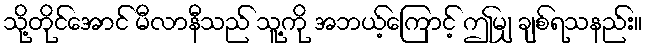
သို့တိုင်အောင် မီလာနီသည် သူ့ကို အဘယ့်ကြောင့် ဤမျှ ချစ်ရသနည်း။